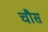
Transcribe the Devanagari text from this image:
चौस